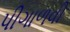
પીગાળવી